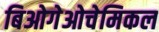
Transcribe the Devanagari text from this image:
बिओगेओचेमिकल